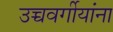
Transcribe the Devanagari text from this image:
उच्चवर्गीयांना